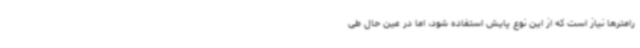
رامترها نیاز است که از این نوع پایش استفاده شود، اما در عین حال طی